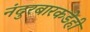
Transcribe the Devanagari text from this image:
नंदुरबारकडेही